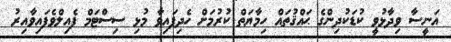
އަނީސާ ވިދާޅުވީ ކުޑަކުދިންގެ ޙައްޤުތައް ހިމާޔަތް ކުރުމަށް ހެދިފައިވާ މުޅި ސިސްޓަމް ފެއިލްވެފައިވާއިރު